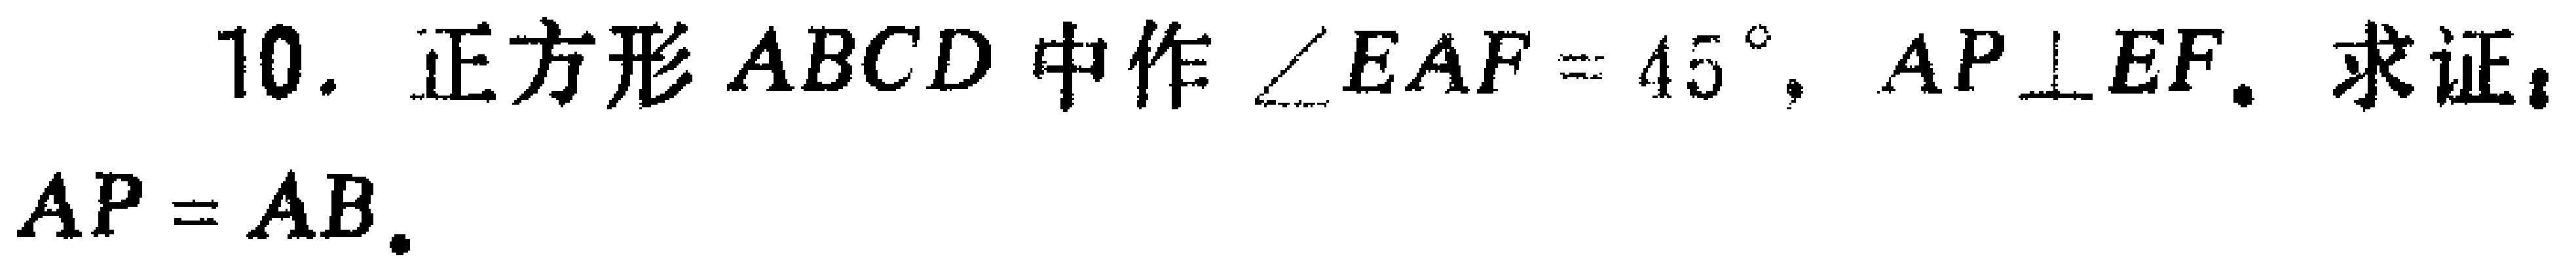
10. 正方形 \(ABCD\) 中作 \(\angle EAF = 45^{\circ}\)，\(AP\perp EF\)。求证：\(AP = AB\)。